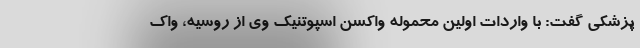
پزشکی گفت: با واردات اولین محموله واکسن اسپوتنیک وی از روسیه، واک